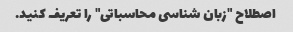
اصطلاح "زبان شناسی محاسباتی" را تعریف کنید.